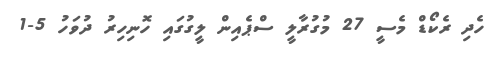
ހެދި ރެކޯޑް މެސީ 27 މުގުރާލީ ސްޕެއިން ލީގުގައި ހޮނިހިރު ދުވަހު 5-1